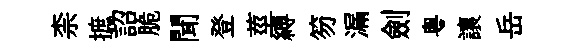
柰摭詔脆聞登莖縛笏漏劍粤讓岳